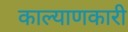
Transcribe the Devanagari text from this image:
काल्याणकारी